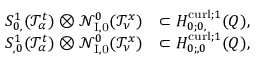
\begin{array} { r l } { S _ { 0 , } ^ { 1 } ( \mathcal T _ { \alpha } ^ { t } ) \otimes \mathcal N _ { \mathrm { I , 0 } } ^ { 0 } ( \mathcal T _ { \nu } ^ { x } ) } & { \subset H _ { 0 ; 0 , } ^ { \operatorname { c u r l } ; 1 } ( Q ) , } \\ { S _ { , 0 } ^ { 1 } ( \mathcal T _ { \alpha } ^ { t } ) \otimes \mathcal N _ { \mathrm { I , 0 } } ^ { 0 } ( \mathcal T _ { \nu } ^ { x } ) } & { \subset H _ { 0 ; , 0 } ^ { \operatorname { c u r l } ; 1 } ( Q ) , } \end{array}